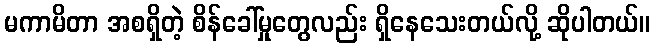
မကာမိတာ အစရှိတဲ့ စိန်ခေါ်မှုတွေလည်း ရှိနေသေးတယ်လို့ ဆိုပါတယ်။